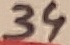
Text: 34